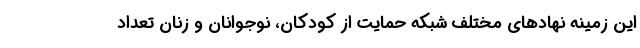
این زمینه نهادهای مختلف شبکه حمایت از کودکان، نوجوانان و زنان تعداد